Juri_Uluots, lk 23
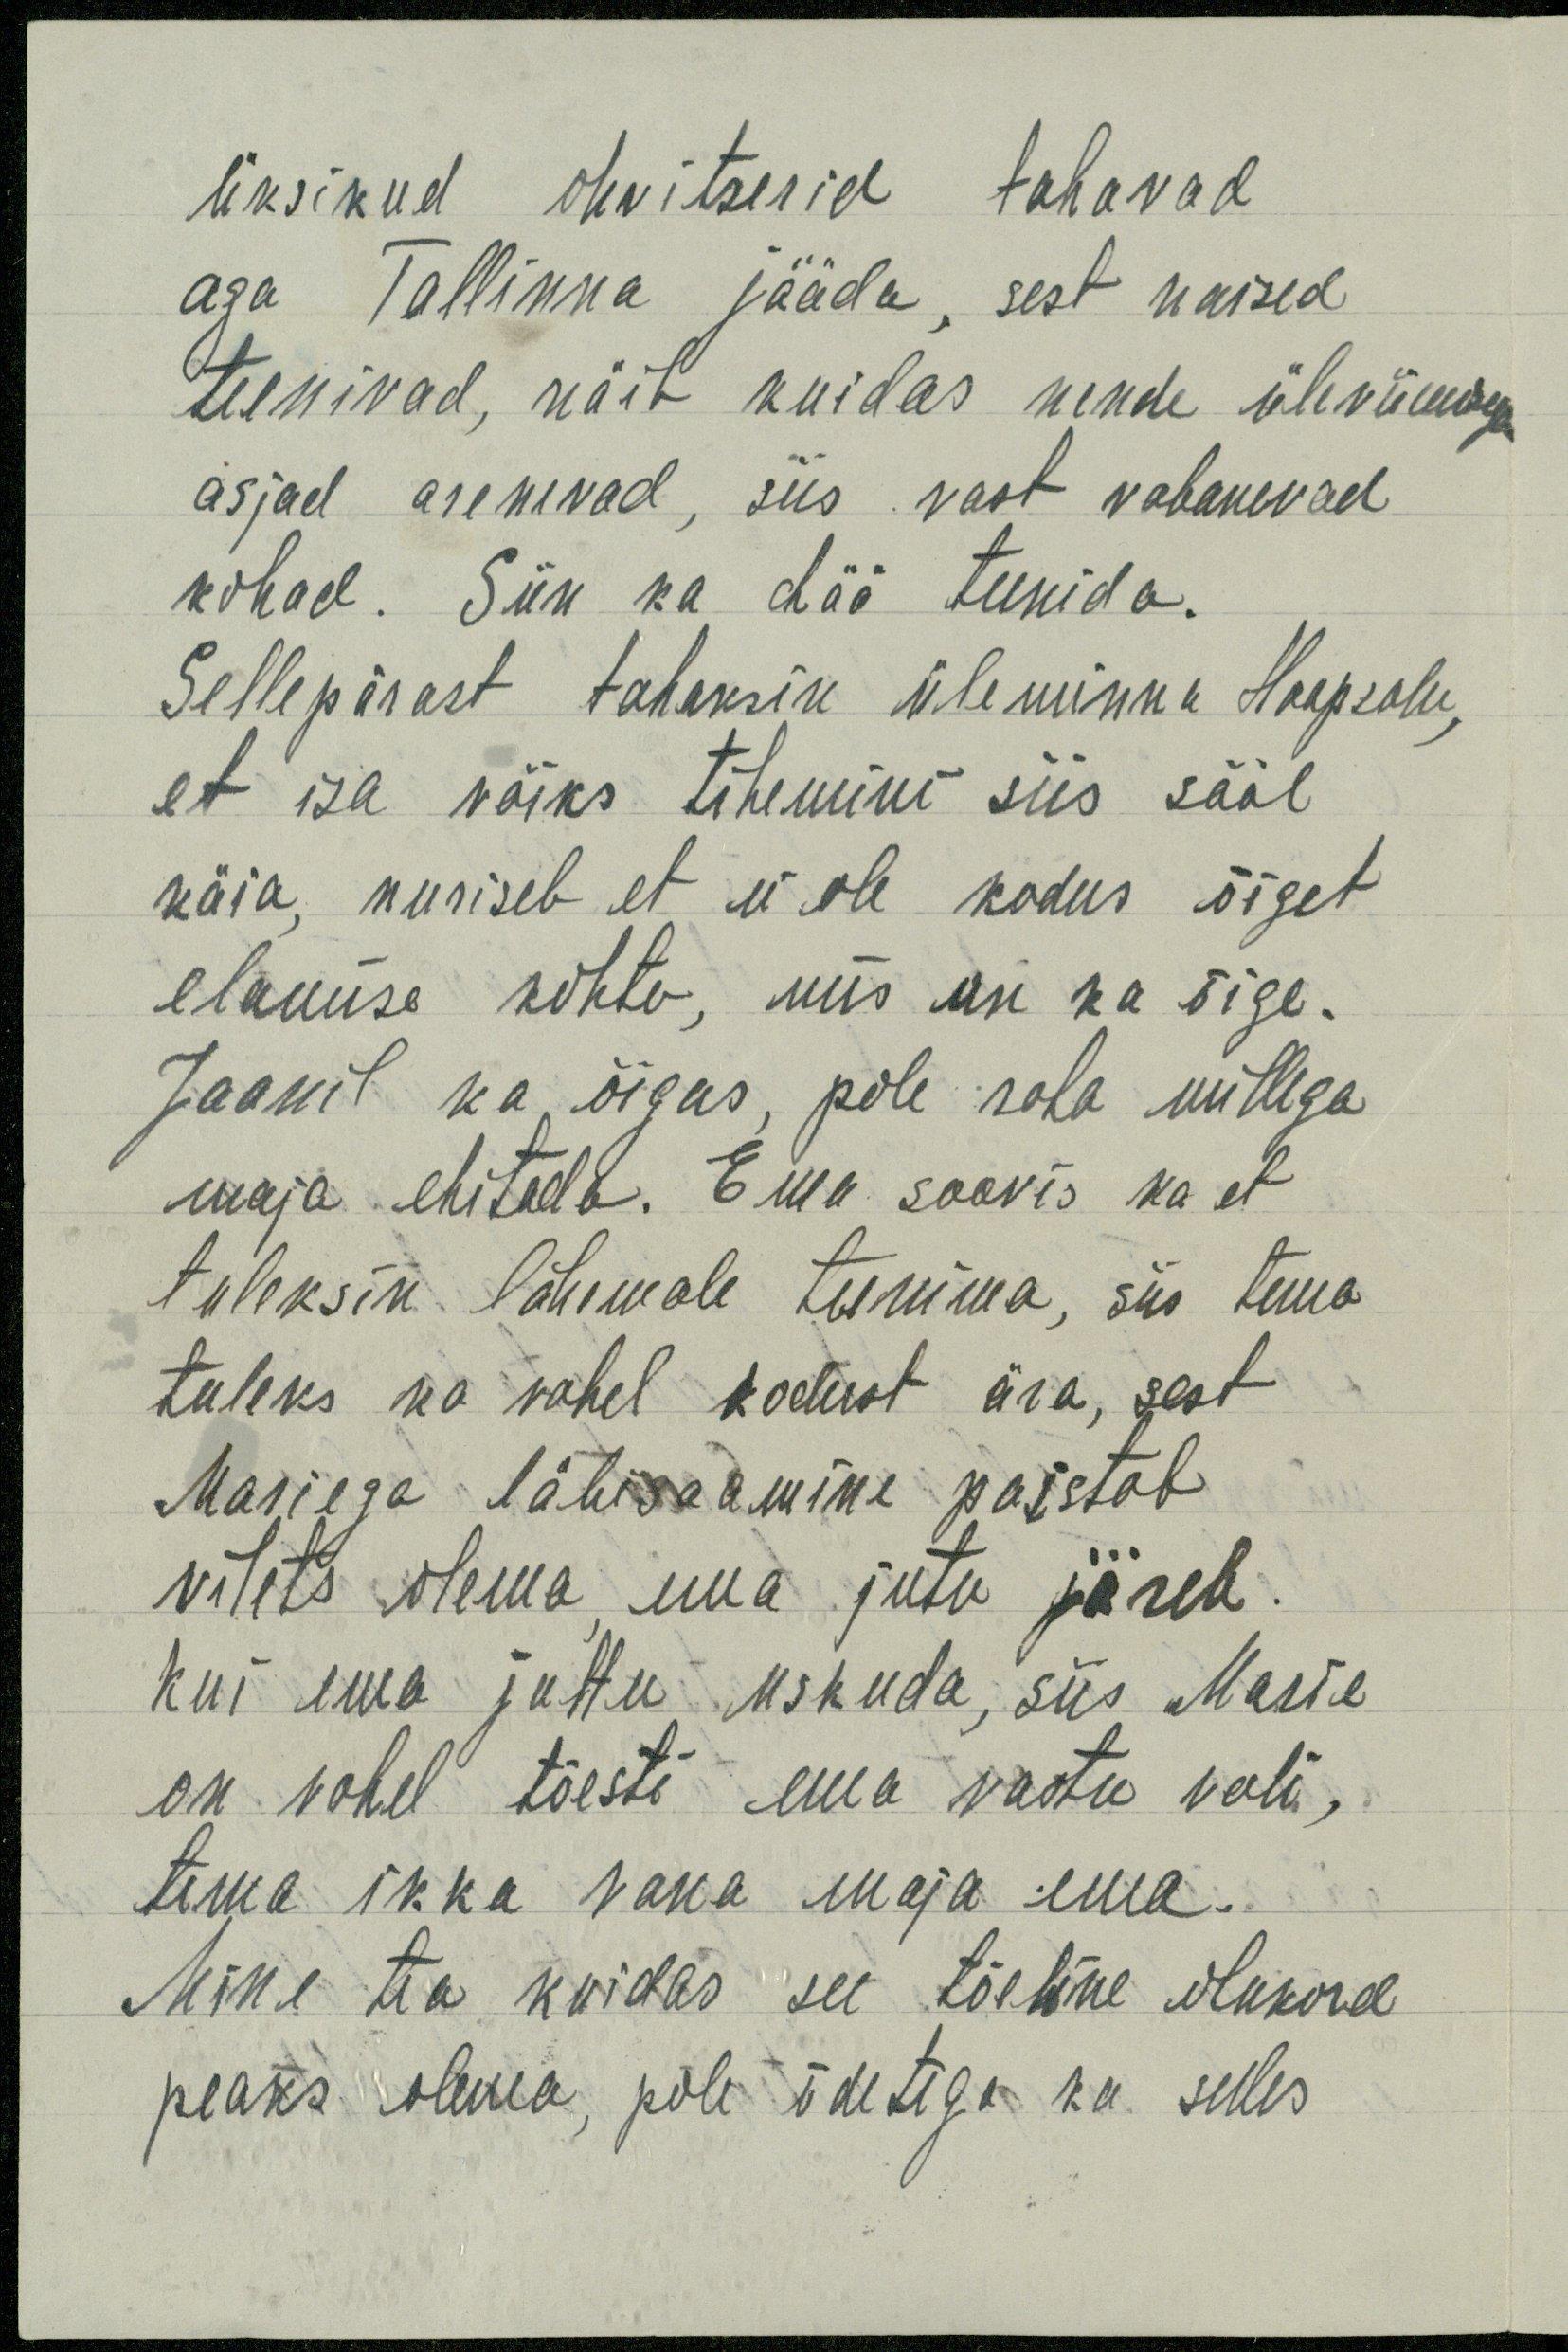
Üksikud ohvitserid tahavad
aga Tallinna jääda, sest naised
teenivad, näib kuidas nende üleviimisega
asjad arenevad, siis vast vabanevad
kohad. Siin ka hää teenida.
Sellepärast tahaksin üle minna Haapsalu,
et isa võiks tihemini siis sääb
käia, nuriseb et ei ole kodus õiget
elamise kohta, mis asi ka õige.
Jaanil ka õigus, pole raha millega
maja ehitada. Ema soovis ka et
tuleksin lähemale teenima, siis tema
tuleks ka vahel kodust ära, sest
Mariega läbisaamine paistab
vilets olema, ema jutu järele.
Kui ema juttu uskuda, siis Marie
on vahel tõesti ema vastu vali,
tema ikka vana maja ema.
Mine tea kuidas see tõeline olukord
peaks olema, pole õdetega ka selles